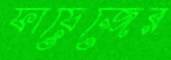
ফায়েজের